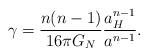
LaTeX: \begin{align*}\gamma = {n(n-1)\over{16 \pi G_N}} {a_H^{n-1} \over {a^{n-1}}}.\end{align*}